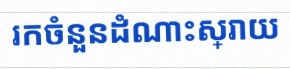
រកចំនួនដំណោះស្រាយ